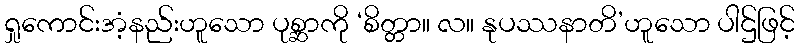
ရှုကောင်းအံ့နည်းဟူသော ပုစ္ဆာကို ‘စိတ္တာ။ လ။ နုပဿနာတိ’ဟူသော ပါဌ်ဖြင့်